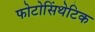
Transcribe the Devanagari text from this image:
फोटोसिंथेटिक